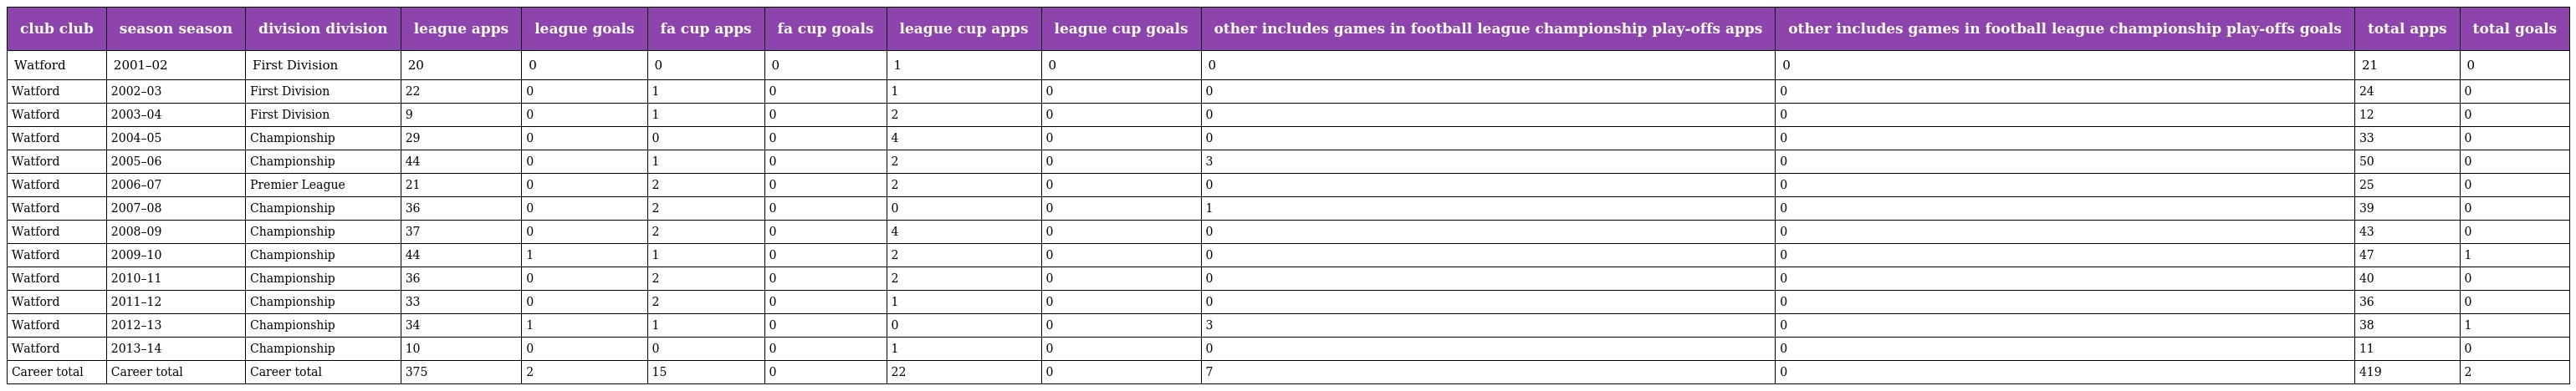
| club club | season season | division division | league apps | league goals | fa cup apps | fa cup goals | league cup apps | league cup goals | other includes games in football league championship play-offs apps | other includes games in football league championship play-offs goals | total apps | total goals |
 | --- | --- | --- | --- | --- | --- | --- | --- | --- | --- | --- | --- | --- |
 | Watford | 2001–02 | First Division | 20 | 0 | 0 | 0 | 1 | 0 | 0 | 0 | 21 | 0 |
 | Watford | 2002–03 | First Division | 22 | 0 | 1 | 0 | 1 | 0 | 0 | 0 | 24 | 0 |
 | Watford | 2003–04 | First Division | 9 | 0 | 1 | 0 | 2 | 0 | 0 | 0 | 12 | 0 |
 | Watford | 2004–05 | Championship | 29 | 0 | 0 | 0 | 4 | 0 | 0 | 0 | 33 | 0 |
 | Watford | 2005–06 | Championship | 44 | 0 | 1 | 0 | 2 | 0 | 3 | 0 | 50 | 0 |
 | Watford | 2006–07 | Premier League | 21 | 0 | 2 | 0 | 2 | 0 | 0 | 0 | 25 | 0 |
 | Watford | 2007–08 | Championship | 36 | 0 | 2 | 0 | 0 | 0 | 1 | 0 | 39 | 0 |
 | Watford | 2008–09 | Championship | 37 | 0 | 2 | 0 | 4 | 0 | 0 | 0 | 43 | 0 |
 | Watford | 2009–10 | Championship | 44 | 1 | 1 | 0 | 2 | 0 | 0 | 0 | 47 | 1 |
 | Watford | 2010–11 | Championship | 36 | 0 | 2 | 0 | 2 | 0 | 0 | 0 | 40 | 0 |
 | Watford | 2011–12 | Championship | 33 | 0 | 2 | 0 | 1 | 0 | 0 | 0 | 36 | 0 |
 | Watford | 2012–13 | Championship | 34 | 1 | 1 | 0 | 0 | 0 | 3 | 0 | 38 | 1 |
 | Watford | 2013–14 | Championship | 10 | 0 | 0 | 0 | 1 | 0 | 0 | 0 | 11 | 0 |
 | Career total | Career total | Career total | 375 | 2 | 15 | 0 | 22 | 0 | 7 | 0 | 419 | 2 |